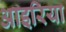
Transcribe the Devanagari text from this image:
आइरिया